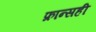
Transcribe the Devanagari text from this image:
फ्रान्सही